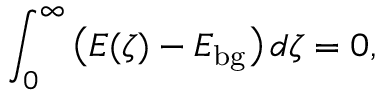
\int _ { 0 } ^ { \infty } \big ( E ( \zeta ) - E _ { \mathrm { b g } } \big ) \, d \zeta = 0 ,